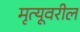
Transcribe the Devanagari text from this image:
मृत्यूवरील